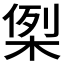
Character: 𭪪